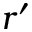
r ^ { \prime }